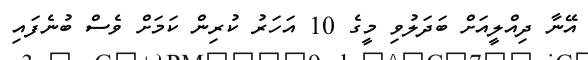
އޭނާ ދިއްލީއަށް ބަދަލުވި މީގެ 10 އަހަރު ކުރިން ކަމަށް ވެސް ބުނެފައި